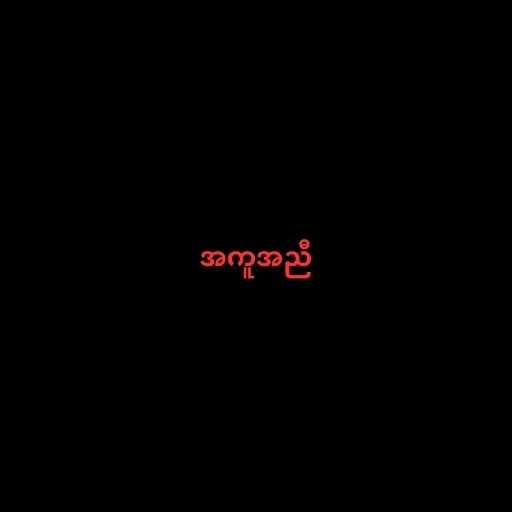
အကူအညီ